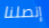
إتصلنا